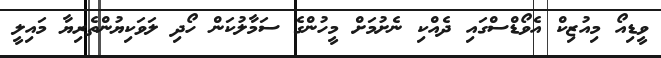
ވީޑިއޯ މިއުޒިކް އެވޯޑްސްގައި ދެއްކި ނެށުމަށް މީހުންގެ ސަމާލުކަން ހޯދި ލަވަކިޔުންތެރިޔާ މައިލީ